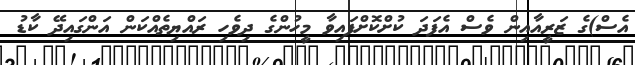
އެސް)ގެ ޒަރީއާއިން ވެސް އެފަދަ ކުށްކޮށްފައިވާ މީހުންގެ ދިވެހި ރައްޔިތެއްކަން އަންގައިދޭ ކާޑު